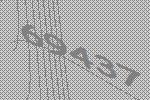
69437